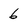
Character: 6